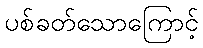
ပစ်ခတ်သောကြောင့်